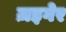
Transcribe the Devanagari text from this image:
ज़इगेर